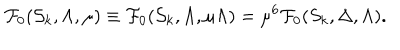
LaTeX: { \cal F } _ { 0 } ( { \cal S } _ { k } , \Lambda , \mu ) \equiv { \cal F } _ { 0 } ( { \cal S } _ { k } , \Lambda , \mu \Lambda ) = \mu ^ { 6 } { \cal F } _ { 0 } ( S _ { k } , \Delta , \Lambda ) .